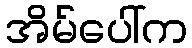
အိမ်ပေါ်က